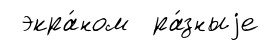
экра́ном ра́зныjе